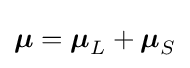
{\boldsymbol {\mu }}={\boldsymbol {\mu }}_{L}+{\boldsymbol {\mu }}_{S}